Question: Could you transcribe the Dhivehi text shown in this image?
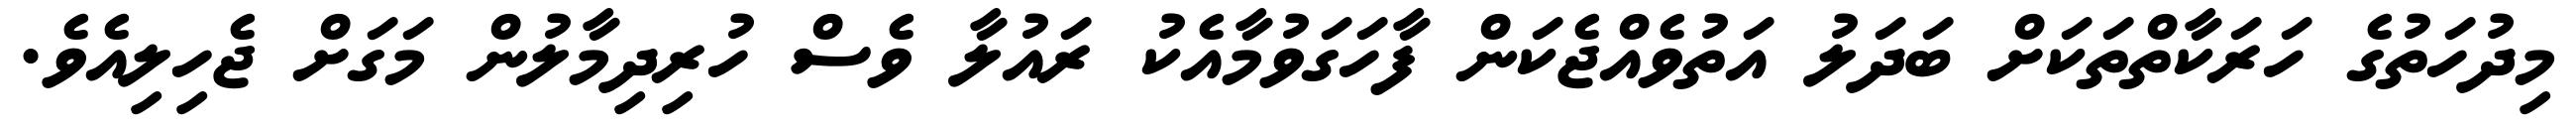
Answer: މިދުހަތުގެ ހަރަކާތްތަކަށް ބަދަލު އަތުވެއްޖެކަން ފާހަގަވުމާއެކު ރައުލާ ވެސް ހުރިދިމާލުން މަގަށް ޖެހިލިއެވެ.